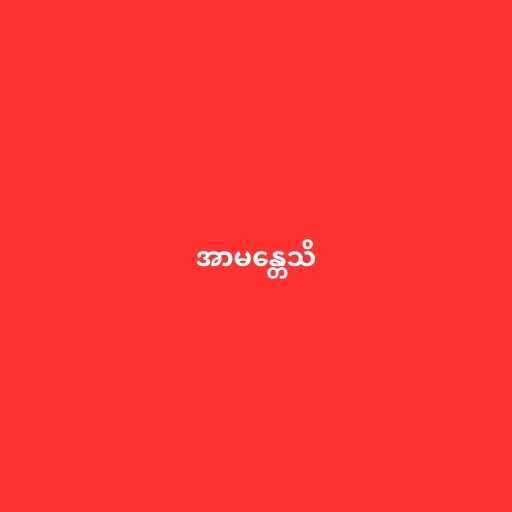
အာမန္တေသိ